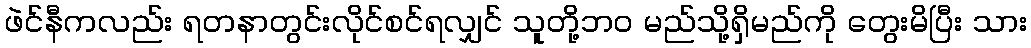
ဖဲင်နီကလည်း ရတနာတွင်းလိုင်စင်ရလျှင် သူတို့ဘဝ မည်သို့ရှိမည်ကို တွေးမိပြီး သား